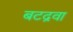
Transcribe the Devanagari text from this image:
बटद्रवा